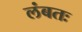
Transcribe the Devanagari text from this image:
लंबतः